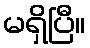
မရှိပြီ။